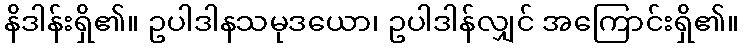
နိဒါန်းရှိ၏။ ဥပါဒါနသမုဒယော၊ ဥပါဒါန်လျှင် အကြောင်းရှိ၏။